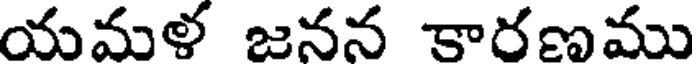
యమళ జనన కారణము